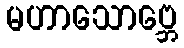
မဟာသောဗ္ဘေ